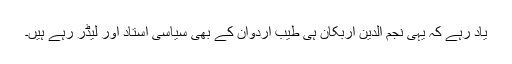
یاد رہے کہ یہی نجم الدین اربکان ہی طیب اردوان کے بھی سیاسی استاد اور لیڈر رہے ہیں۔